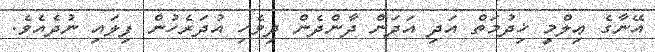
އޭނާގެ ޢިލްމީ ޚިދުމަތް އަދި އަދަން ދާންދެން ދިވެހި އުދަރެހުން ފިލައި ނުދެއެވެ.